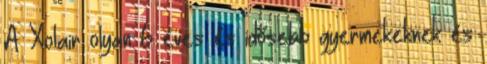
A Xolair olyan 6 éves és idősebb gyermekeknek és